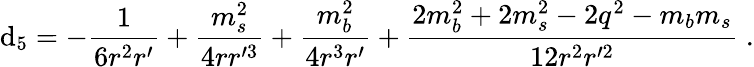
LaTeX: \mathrm{d}_{5}=-{\frac{{1}}{{6r^{2}r^{\prime}}}}+{\frac{{m_{s}^{2}}}{{4rr^{\prime3}}}}+{\frac{{m_{b}^{2}}}{{4r^{3}r^{\prime}}}}+{\frac{{2m_{b}^{2}+2m_{s}^{2}-2q^{2}-m_{b}m_{s}}}{{12r^{2}r^{\prime2}}}}\; .